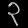
Digit: ၃